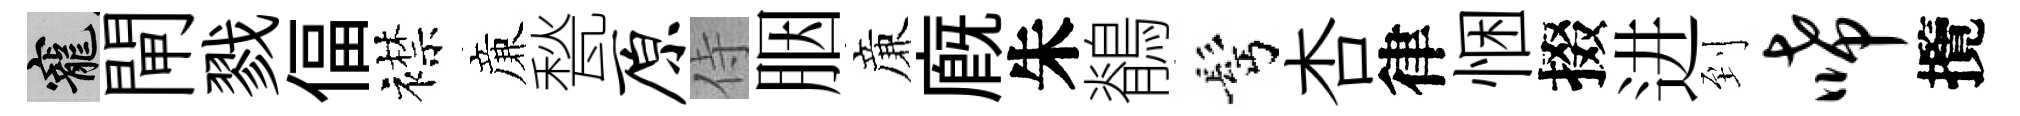
寵閘戮偪襟亷甃原侍胭亷廐朱鶺髩杏律悃掇进到唏攬